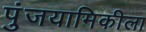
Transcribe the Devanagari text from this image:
पुंजयामिकीला